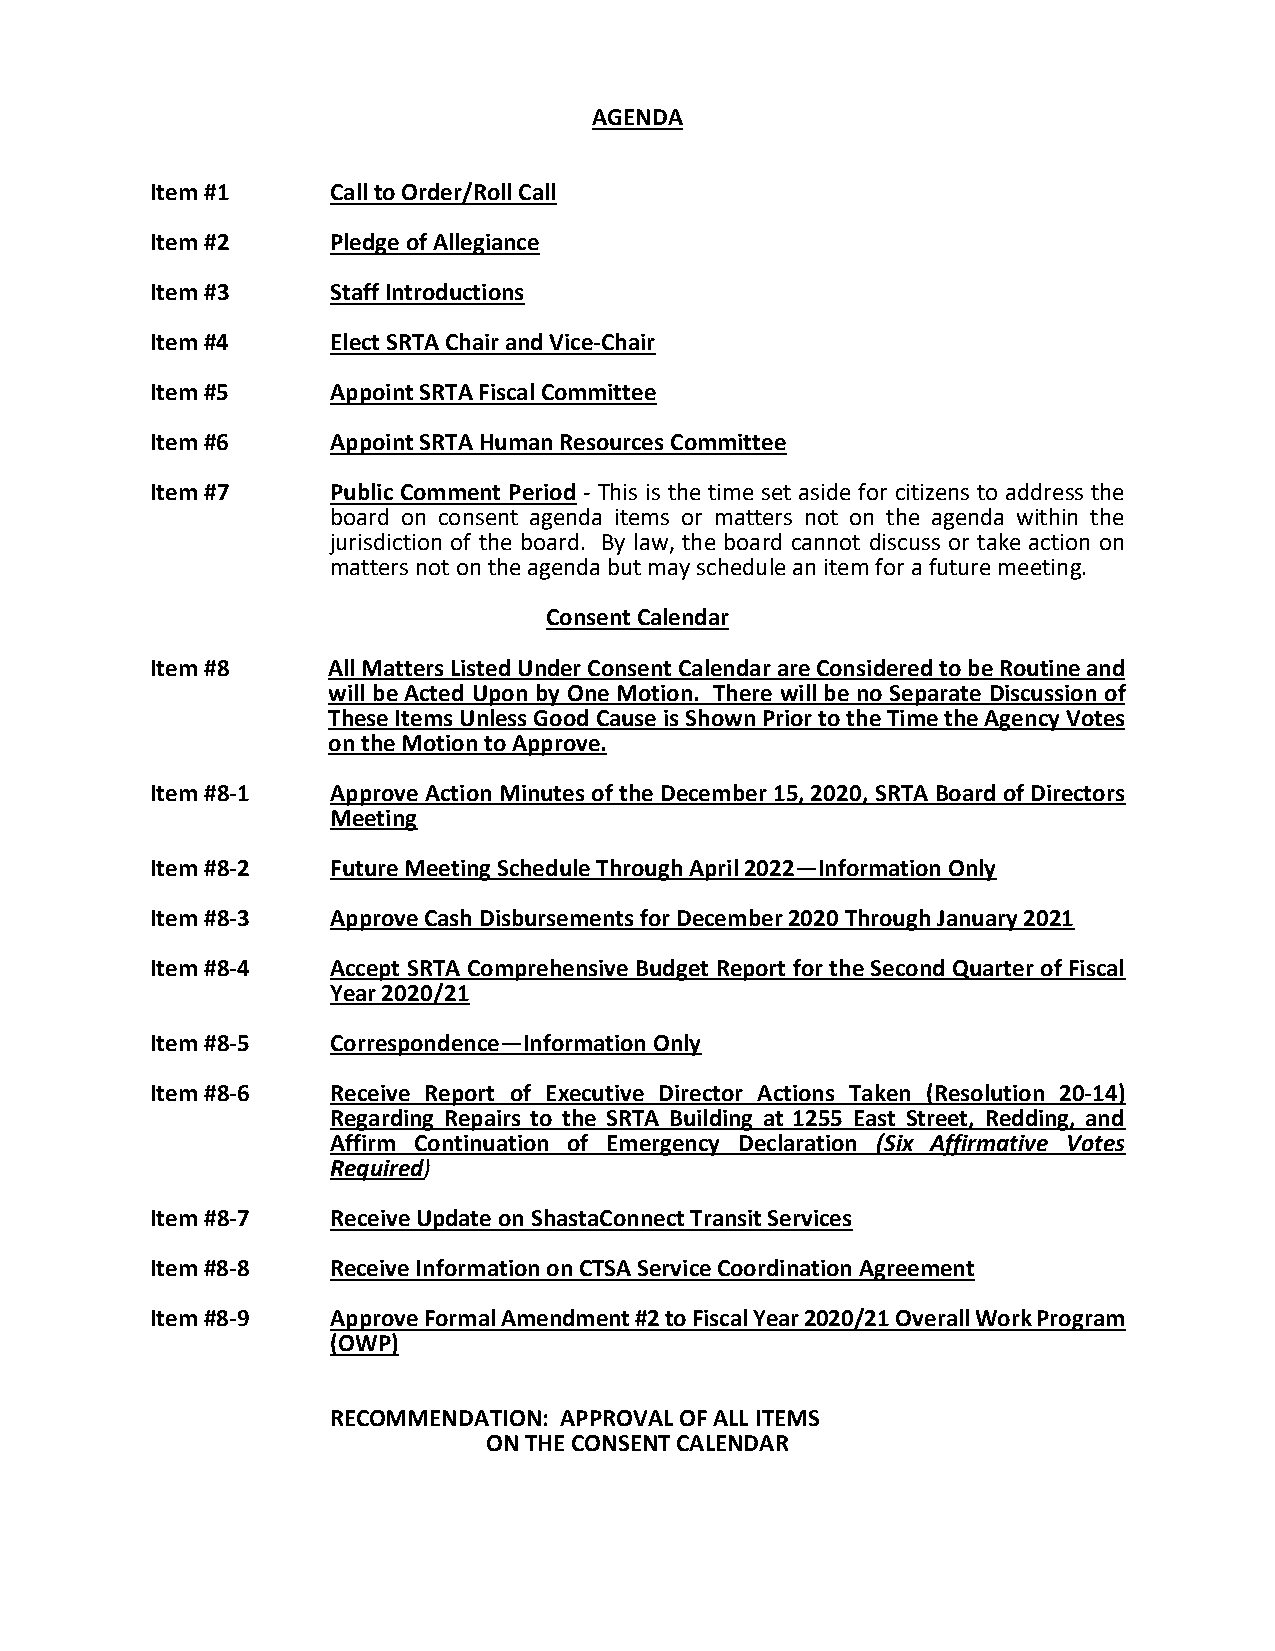
AGENDA
 Item #1     Call to Order/Roll Call
 Item #2     Pledge of Allegiance
 Item #3     Staff Introductions
 Item #4     Elect SRTA Chair and Vice-Chair
 Item #5     Appoint SRTA Fiscal Committee
 Item #6     Appoint SRTA Human Resources Committee
 Item #7     Public Comment Period - This is the time set aside for citizens to address the
 board on consent agenda items or matters not on the agenda within the
 jurisdiction of the board. By law, the board cannot discuss or take action on
 matters not on the agenda but may schedule an item for a future meeting.
 Consent Calendar
 Item #8     All Matters Listed Under Consent Calendar are Considered to be Routine and
 will be Acted Upon by One Motion. There will be no Separate Discussion of
 These Items Unless Good Cause is Shown Prior to the Time the Agency Votes
 on the Motion to Approve.
 Item #8-1   Approve Action Minutes of the December 15, 2020, SRTA Board of Directors
 Meeting
 Item #8-2   Future Meeting Schedule Through April 2022—Information Only
 Item #8-3   Approve Cash Disbursements for December 2020 Through January 2021
 Item #8-4   Accept SRTA Comprehensive Budget Report for the Second Quarter of Fiscal
 Year 2020/21
 Item #8-5   Correspondence—Information Only
 Item #8-6   Receive Report of Executive Director Actions Taken (Resolution 20-14)
 Regarding Repairs to the SRTA Building at 1255 East Street, Redding, and
 Affirm Continuation of Emergency Declaration (Six Affirmative Votes
 Required)
 Item #8-7   Receive Update on ShastaConnect Transit Services
 Item #8-8   Receive Information on CTSA Service Coordination Agreement
 Item #8-9   Approve Formal Amendment #2 to Fiscal Year 2020/21 Overall Work Program
 (OWP)
 RECOMMENDATION: APPROVAL OF ALL ITEMS
 ON THE CONSENT CALENDAR